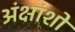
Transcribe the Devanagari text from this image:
अंक्षांशो